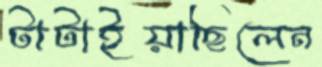
টাটাইয়াছিলেন